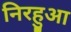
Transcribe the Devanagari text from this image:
निरहुआ